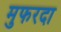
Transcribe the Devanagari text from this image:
मुफरदा